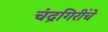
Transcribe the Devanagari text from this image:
चंद्रगिरींचे